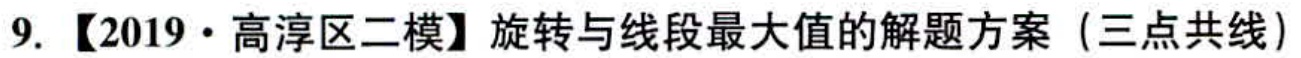
9. 【2019·高淳区二模】旋转与线段最大值的解题方案（三点共线）